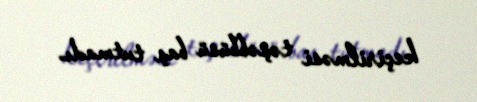
keçirilməsi təşəbbüsü baş tutmadı.